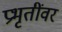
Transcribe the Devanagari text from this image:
प्रभृतींवर